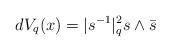
LaTeX: \begin{align*}dV_q(x)= |s^{-1}|^2_q s \wedge \bar{s}\end{align*}